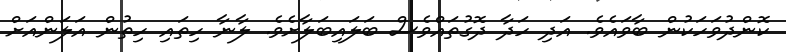
ކޮންދުވަހަކުން ބާވައެވެ. އަދި ހަދާ ދޮގުތައްވެސް ބަލައިބަލާށެވެ. ލާނާ ހިތައި ހިތުން އަލަންއަށް